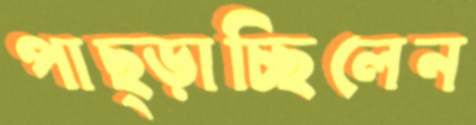
পাছ্‌ড়াচ্ছিলেন